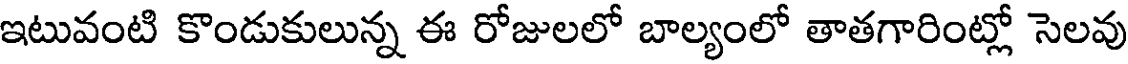
ఇటువంటి కొండుకులున్న ఈ రోజులలో బాల్యంలో తాతగారింట్లో సెలవు